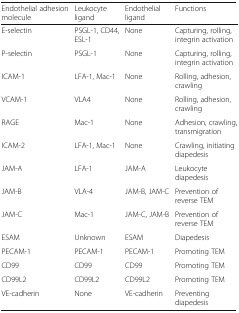
| Endothelial adhesion molecule | Leukocyte ligand | Endothelial ligand | Functions |
 | --- | --- | --- | --- |
 | E-selectin | PSGL-1, CD44, ESL-1 | None | Capturing, rolling, integrin activation |
 | P-selectin | PSGL-1 | None | Capturing, rolling, integrin activation |
 | ICAM-1 | LFA-1, Mac-1 | None | Rolling, adhesion, crawling |
 | VCAM-1 | VLA4 | None | Rolling, adhesion, crawling |
 | RAGE | Mac-1 | None | Adhesion, crawling, transmigration |
 | ICAM-2 | LFA-1, Mac-1 | None | Crawling, initiating diapedesis |
 | JAM-A | LFA-1 | JAM-A | Leukocyte diapedesis |
 | JAM-B | VLA-4 | JAM-B, JAM-C | Prevention of reverse TEM |
 | JAM-C | Mac-1 | JAM-C, JAM-B | Prevention of reverse TEM |
 | ESAM | Unknown | ESAM | Diapedesis |
 | PECAM-1 | PECAM-1 | PECAM-1 | Promoting TEM |
 | CD99 | CD99 | CD99 | Promoting TEM |
 | CD99L2 | CD99L2 | CD99L2 | Promoting TEM |
 | VE-cadherin | None | VE-cadherin | Preventing diapedesis |